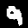
Label: 9